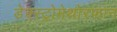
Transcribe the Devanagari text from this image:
डेक्स्ट्रोमेथोरफान